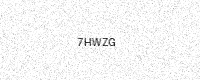
Text: 7HWZG